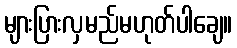
များပြားလှမည်မဟုတ်ပါချေ။